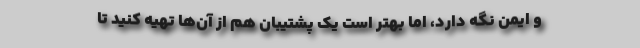
و ایمن نگه دارد، اما بهتر است یک پشتیبان هم از آن‌ها تهیه کنید تا